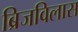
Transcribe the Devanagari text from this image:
ब्रिजविलास